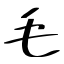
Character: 毛